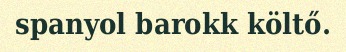
spanyol barokk költő.